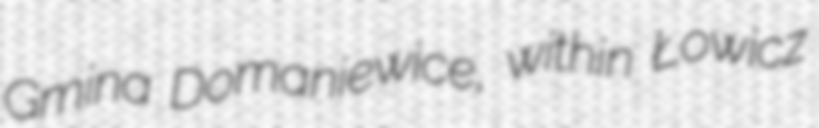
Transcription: Gmina Domaniewice, within Łowicz